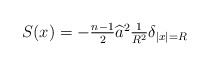
\begin{align*} \textstyle S(x)= -\frac{n-1}{2}\widehat{a}^{2} \frac{1}{R^{2}}\delta_{|x|=R} \end{align*}